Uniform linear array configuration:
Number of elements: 16
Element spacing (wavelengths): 1
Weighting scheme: blackman
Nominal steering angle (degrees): -60
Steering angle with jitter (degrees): -58.612
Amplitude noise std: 0.05
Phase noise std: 0.05

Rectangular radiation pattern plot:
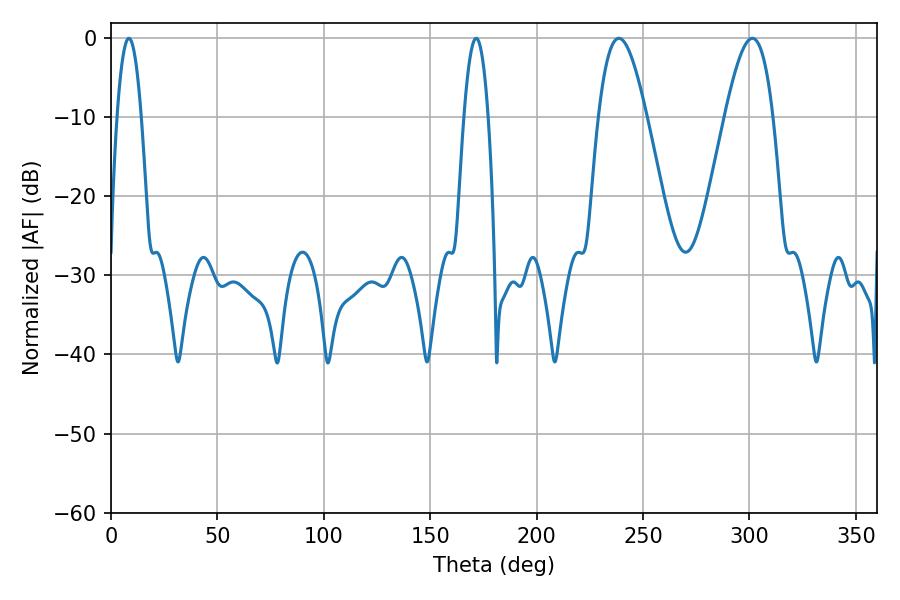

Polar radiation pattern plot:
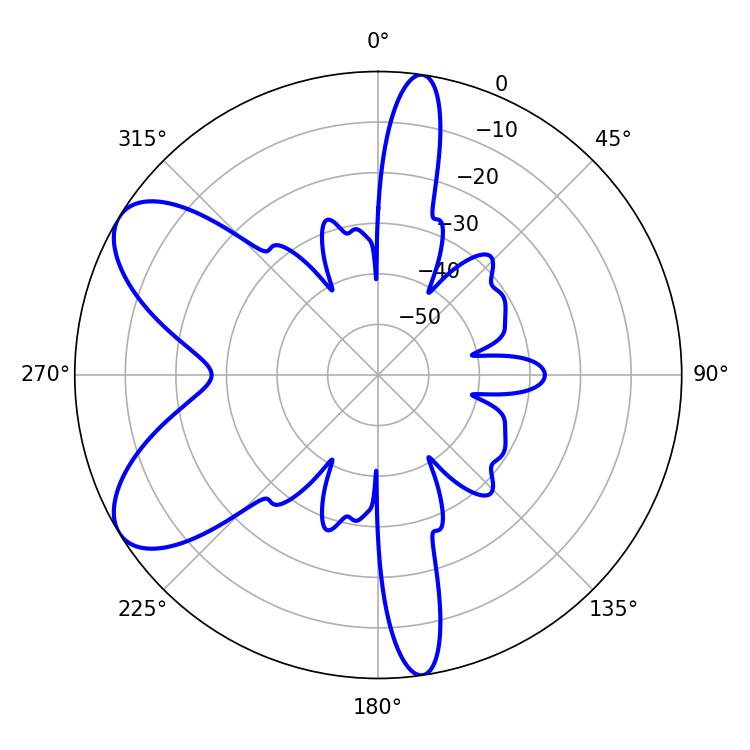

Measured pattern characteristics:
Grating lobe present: TRUE
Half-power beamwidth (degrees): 12.24
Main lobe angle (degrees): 301.32